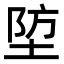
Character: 埅